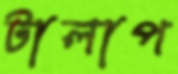
টালাপ